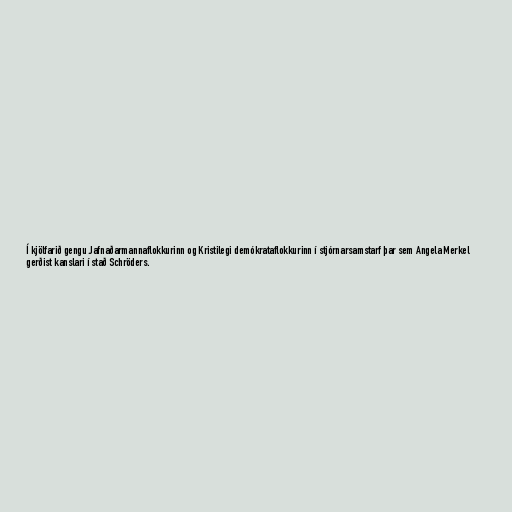
Í kjölfarið gengu Jafnaðarmannaflokkurinn og Kristilegi demókrataflokkurinn í stjórnarsamstarf þar sem Angela Merkel
gerðist kanslari í stað Schröders.